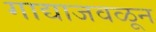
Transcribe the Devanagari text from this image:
गाद्याजवळून